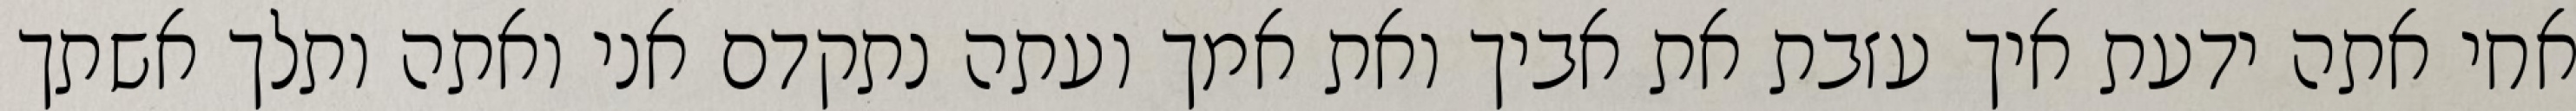
אחי אתה ידעת איך עזבת את אביך ואת אמך ועתה נתקדם אני ואתה ותלך אשתך